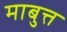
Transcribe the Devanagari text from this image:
माबुत्त